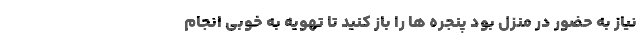
نیاز به حضور در منزل بود پنجره ها را باز کنید تا تهویه به خوبی انجام